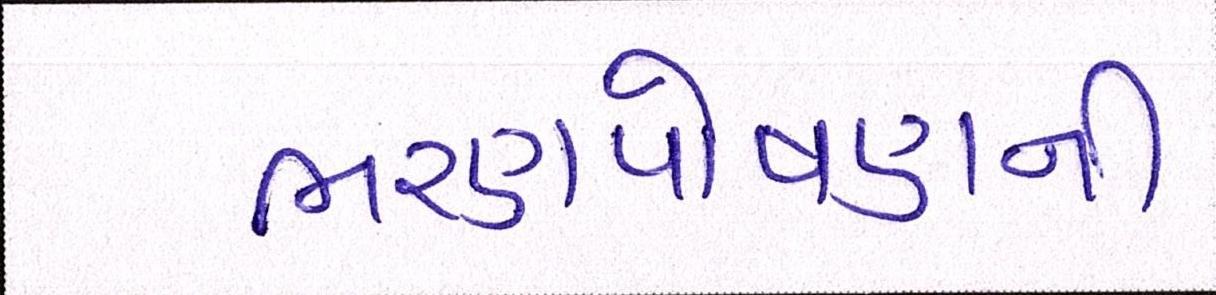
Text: ભરણપોષણની